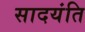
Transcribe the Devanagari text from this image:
सादयंति